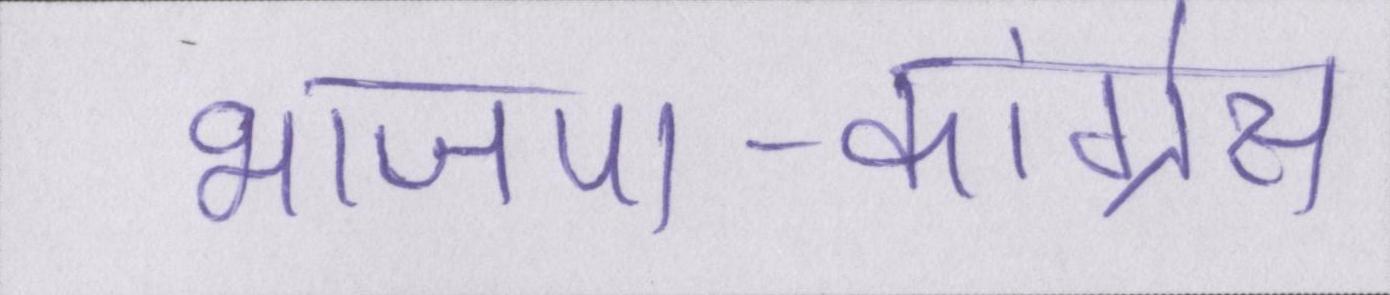
भाजपा-कांग्रेस